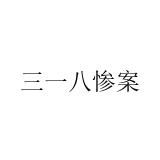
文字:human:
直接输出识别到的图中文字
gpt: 三一八惨案